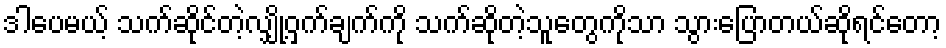
ဒါပေမယ့် သက်ဆိုင်တဲ့လျှို့ဝှက်ချက်ကို သက်ဆိုတဲ့သူတွေကိုသာ သွားပြောတယ်ဆိုရင်တော့